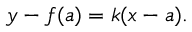
y - f ( a ) = k ( x - a ) .